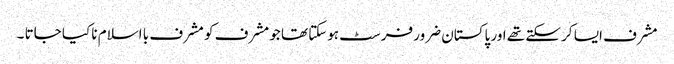
مشرف ایسا کر سکتے تھے اور پاکستان ضرور فرسٹ ہوسکتا تھا جو مشرف کو مشرف با اسلام نا کیا جاتا ۔